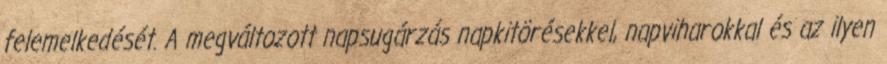
felemelkedését. A megváltozott napsugárzás napkitörésekkel, napviharokkal és az ilyen